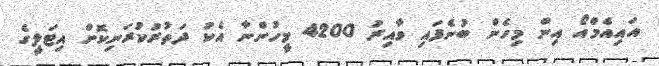
އައިއެމްއޯ އިން މިހެން ބުނެފައި ވާއިރު 4200 މީހުންނާ އެކު ދަތުރުކުރަނިކޮށް އިޓަލީގެ